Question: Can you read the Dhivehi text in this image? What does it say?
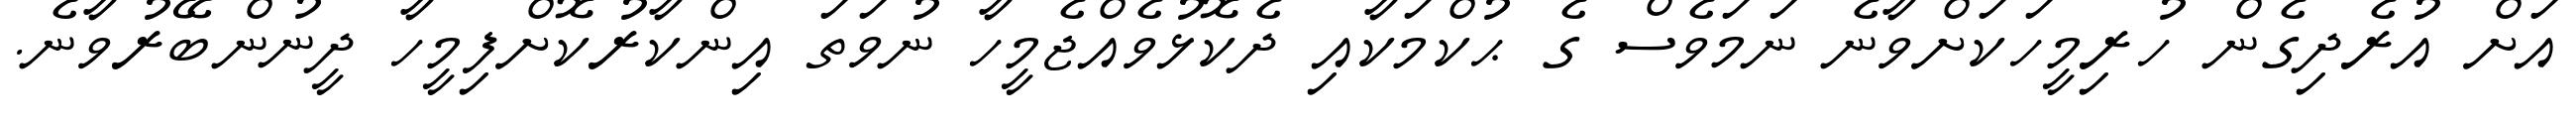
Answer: އަށް އުރެދިގެން ހުރިމީހަކަށްވާނެ ނަމަވެސް ގެ ޙުކްމަކާއި ދެކޮޅުވެއްޖެމީހާ ނުވަތަ އިންކާރުކޮށްފިމީހާ ދީނުންބޭރުވާނެ.